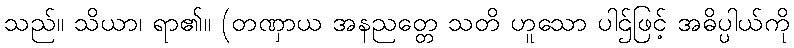
သည်။ သိယာ၊ ရာ၏။ (တဏှာယ အနညတ္တေ သတိ ဟူသော ပါဌ်ဖြင့် အဓိပ္ပါယ်ကို